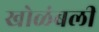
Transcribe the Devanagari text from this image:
खोळंबली